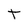
Character: T